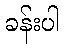
ခန်းပါ